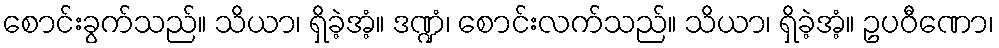
စောင်းခွက်သည်။ သိယာ၊ ရှိခဲ့အံ့။ ဒဏ္ဍံ၊ စောင်းလက်သည်။ သိယာ၊ ရှိခဲ့အံ့။ ဥပဝီဏော၊